Indian journal of veterinary science and animal husbandry - Volumes 26-27, 1956-1957
Year: 1956
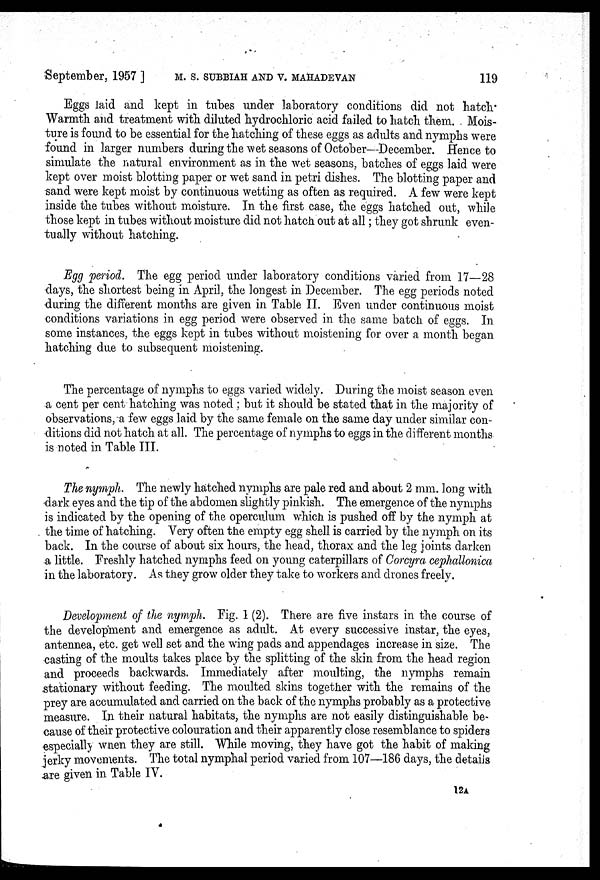
September, 1957 ] M. S. SUBBIAH AND V. MAHADEVAN 119
Eggs laid and kept in tubes under laboratory conditions did not hatch.
Warmth and treatment with diluted hydrochloric acid failed to hatch them. Mois-
ture is found to be essential for the hatching of these eggs as adults and nymphs were
found in larger numbers during the wet seasons of October—December. Hence to
simulate the natural environment as in the wet seasons, batches of eggs laid were
kept over moist blotting paper or wet sand in petri dishes. The blotting paper and
sand were kept moist by continuous wetting as often as required. A few were kept
inside the tubes without moisture. In the first case, the eggs hatched out, while
those kept in tubes without moisture did not hatch out at all; they got shrunk even-
tually without hatching.
Egg period. The egg period under laboratory conditions varied from 17—28
days, the shortest being in April, the longest in December. The egg periods noted
during the different months are given in Table II. Even under continuous moist
conditions variations in egg period were observed in the same batch of eggs. In
some instances, the eggs kept in tubes without moistening for over a month began
hatching due to subsequent moistening.
The percentage of nymphs to eggs varied widely. During the moist season even
a cent per cent hatching was noted ; but it should be stated that in the majority of
observations, a few eggs laid by the same female on the same day under similar con-
ditions did not hatch at all. The percentage of nymphs to eggs in the different months
is noted in Table III.
The nymph. The newly hatched nymphs are pale red and about 2 mm. long with
dark eyes and the tip of the abdomen slightly pinkish. The emergence of the nymphs
is indicated by the opening of the operculum which is pushed off by the nymph at
the time of hatching. Very often the empty egg shell is carried by the nymph on its
back. In the course of about six hours, the head, thorax and the leg joints darken
a little. Freshly hatched nymphs feed on young caterpillars of Corcyra cephallonica
in the laboratory. As they grow older they take to workers and drones freely.
Development of the nymph. Fig. 1 (2). There are five instars in the course of
the development and emergence as adult. At every successive instar, the eyes,
antennea, etc. get well set and the wing pads and appendages increase in size. The
casting of the moults takes place by the splitting of the skin from the head region
and proceeds backwards. Immediately after moulting, the nymphs remain
stationary without feeding. The moulted skins together with the remains of the
prey are accumulated and carried on the back of the nymphs probably as a protective
measure. In their natural habitats, the nymphs are not easily distinguishable be-
cause of their protective colouration and their apparently close resemblance to spiders
especially when they are still. While moving, they have got the habit of making
jerky movements. The total nymphal period varied from 107—186 days, the details
are given in Table IV.
12A